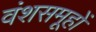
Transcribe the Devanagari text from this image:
वंशसमूहों